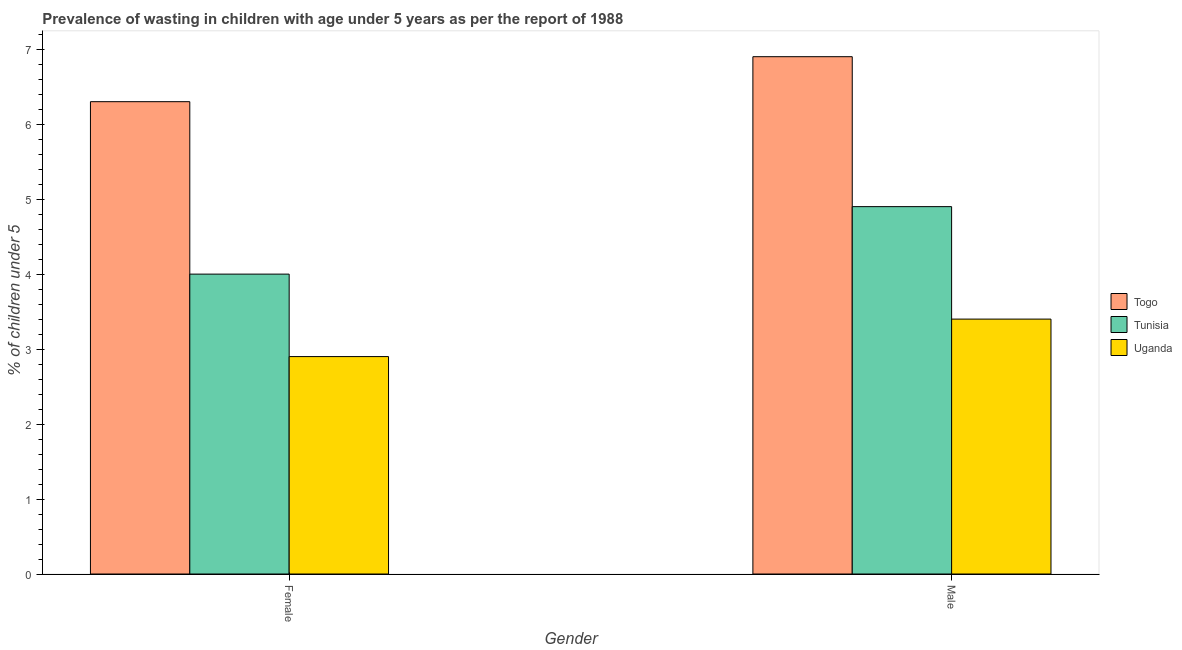
| Gender | Togo | Tunisia | Uganda |
 | --- | --- | --- | --- |
 | Female | 6.3 | 4 | 2.9 |
 | Male | 6.9 | 4.9 | 3.4 |